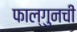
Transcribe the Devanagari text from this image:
फाल्गुनची